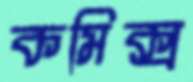
কমিক্স